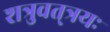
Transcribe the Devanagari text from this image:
शत्रुवत्‌त्रयः